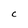
Character: C